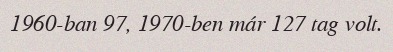
1960-ban 97, 1970-ben már 127 tag volt.